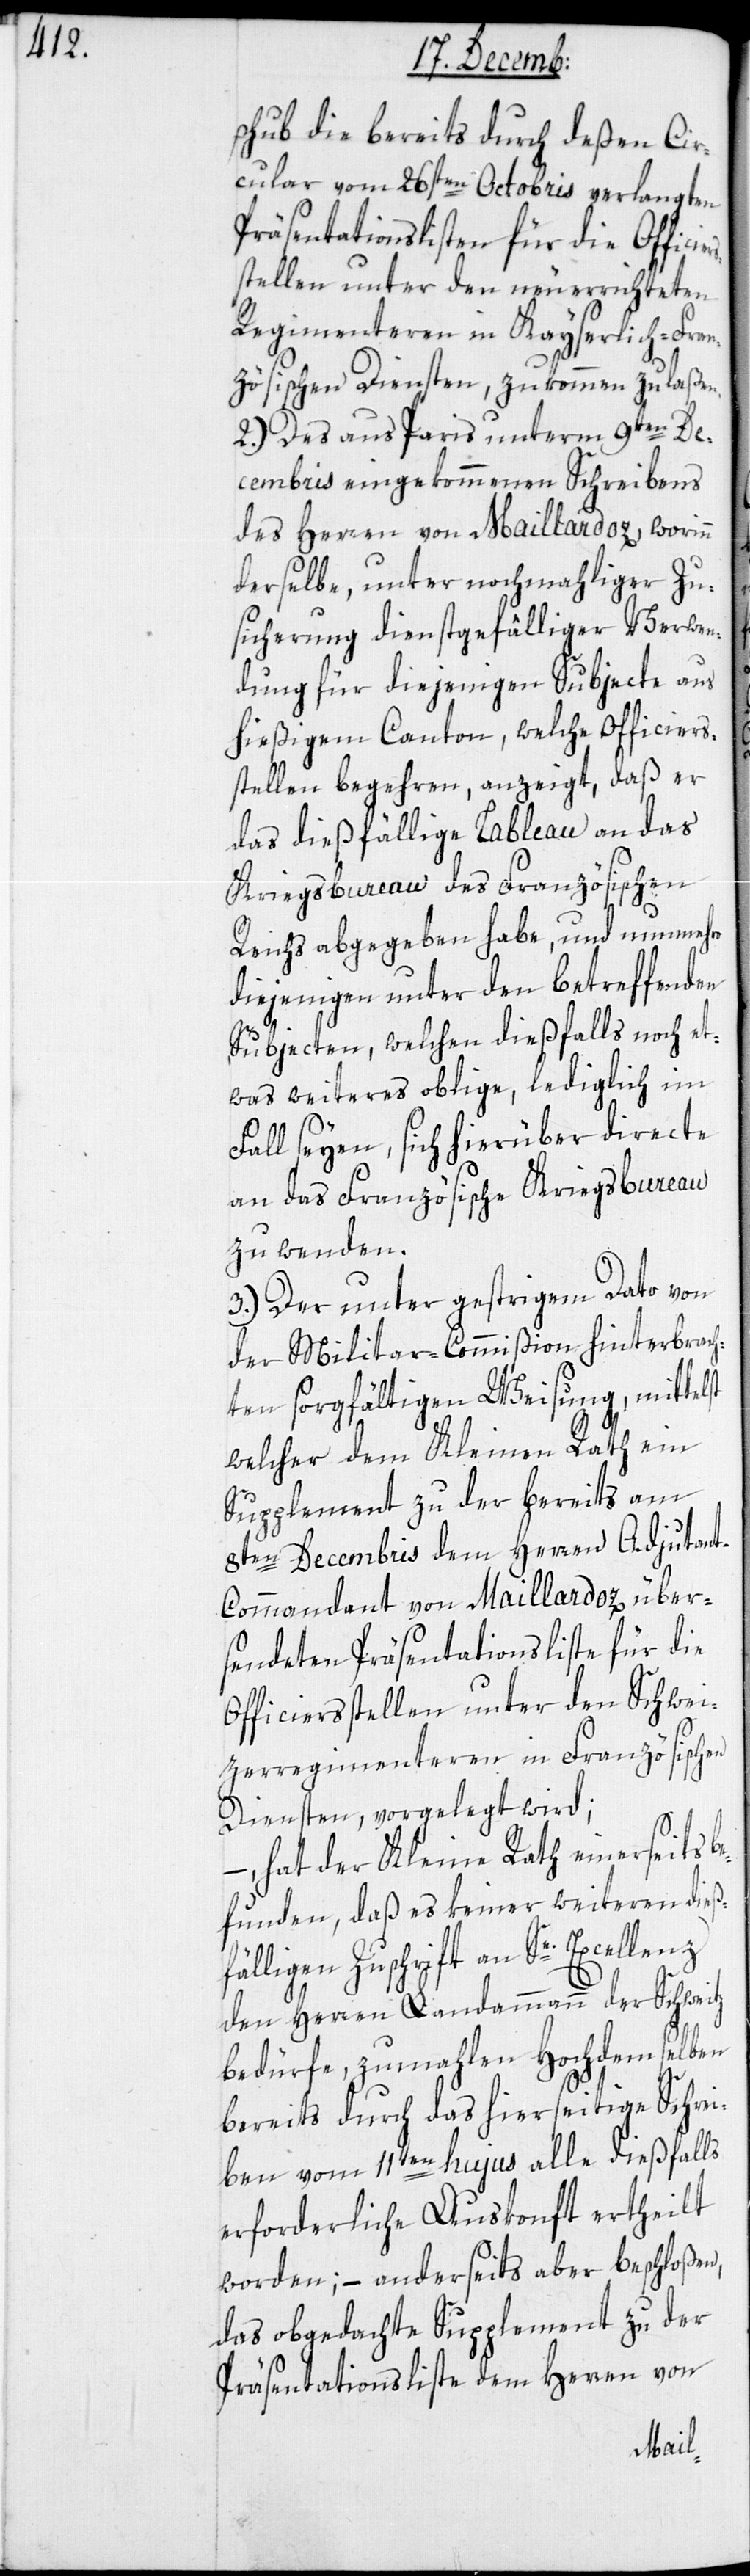
schub die bereits durch deßen Cir¬
cular vom 26sten Octobris verlangten
Präsentationslisten für die Offici¬
stellen unter den neu errichteten
Regimenteren in Kayserlich-Fran¬
zösischen Diensten, zukommen zu laßen.
2.) Des aus Paris unterm 9ten De¬
cembris eingekommenen Schreibens
des Herren von Maillardoz, worinn
derselbe, unter nochmahliger Zu¬
sicherung dienstgefälliger Verwen¬
dung für diejenigen Subjecte aus
hießigem Canton, welche Officiers¬
stellen begehren, anzeigt, daß er
das dießfällige Tableau an das
Kriegsbureau des Französischen
Reichs abgegeben habe, und nunmehro
diejenigen unter den betreffenden
Subjecten, welchen dießfalls noch et¬
was Weiteres oblige, lediglich im
Fall seyen, sich hierüber directe
an das Französische Kriegsbureau
zu wenden.
3.) Der unterm gestrigem Dato von
der Militar-Commißion hinterbrach¬
ten sorgfältigen Weisung, mittelst
welcher dem Kleinen Rath ein
Supplement zu der bereits am
8ten Decembris dem Herren Adjudan¬
t-Commmandant von Maillardoz über¬
sendeten Präsentationsliste für die
Officiersstellen unter den Schwei¬
tzerregimenteren in Französischen
Diensten, vorgelegt wird;
–, hat der Kleine Rath einerseits b¬
efunden, daß es keiner weiteren dieß¬
fälligen Zuschrift an Se. Excellenz
den Herren Landammann der Schw¬
bedürfe, zumahlen Hochdemselben
bereits durch das hierseitige Schrei¬
ben vom 11ten hujus alle dießfalls
erforderliche Auskonft ertheilt
worden; – anderseits aber beschloßen,
das obgedachte Supplement zu der
Präsentationsliste dem Herren von
eitz